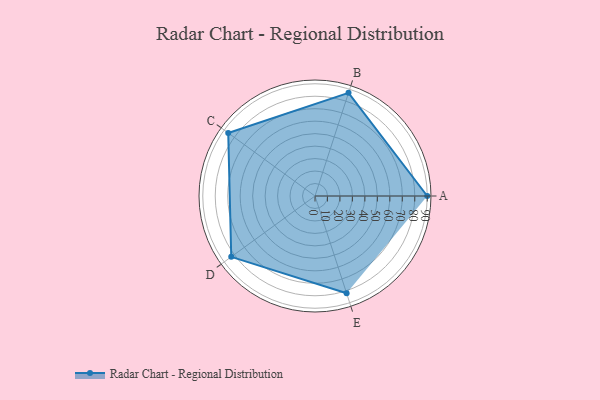
{"axis": {"x": "Skill", "y": "Score"}, "legend": ["Profile"], "data": [{"x": "A", "y": 90.0, "type": "Profile"}, {"x": "B", "y": 87.0, "type": "Profile"}, {"x": "C", "y": 86.0, "type": "Profile"}, {"x": "D", "y": 83.0, "type": "Profile"}, {"x": "E", "y": 82.0, "type": "Profile"}]}